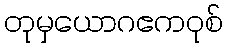
တုမှယောဂဧကဝုစ်